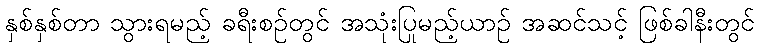
နှစ်နှစ်တာ သွားရမည့် ခရီးစဉ်တွင် အသုံးပြုမည့်ယာဉ် အဆင်သင့် ဖြစ်ခါနီးတွင်